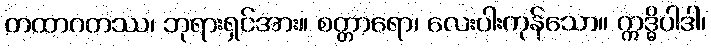
တထာဂတဿ၊ ဘုရားရှင်အား။ စတ္တာရော၊ လေးပါးကုန်သော။ ဣဒ္ဓိပါဒါ၊